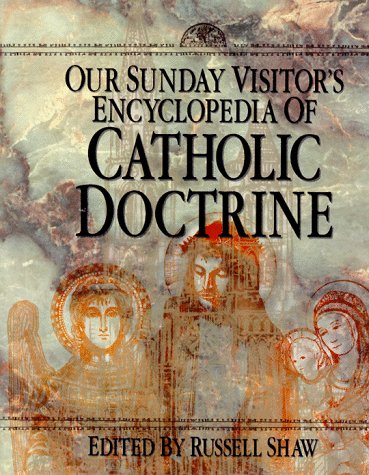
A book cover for Our Sunday Visitor's Encyclopedia of Catholic Doctrine; Christian Books & Bibles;